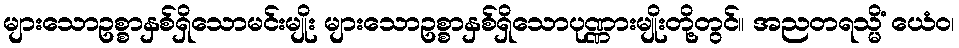
များသောဥစ္စာနှစ်ရှိသောမင်းမျိုး များသောဥစ္စာနှစ်ရှိသောပုဏ္ဏားမျိုးတို့တွင်။ အညတရသ္မိံ ယေံဝ၊